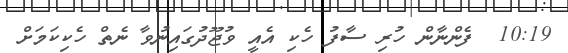
10:19  ފެންނާން ހުރި ސާފު ހެކި އެއީ ވުޖޫދުގައިނުވާ ނެތް ހެކިކަމަށް